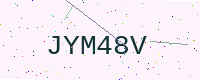
Text: JYM48V